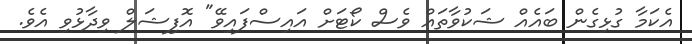
އެކަމާ ގުޅިގެން ބައެއް ޝަކުވާތައް ވެސް ކޯޓަށް އައިސްފައިވޭ" އޮފިޝަލް ވިދާޅުވި އެވެ.